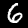
Digit: 6